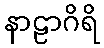
နာဠာဂိရိ